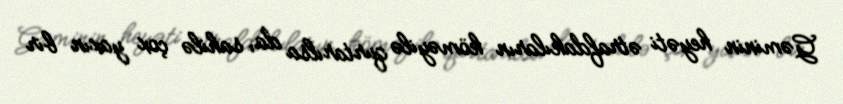
Gəminin heyəti ətrafdakıların köməyilə qurtarılsa da, sahilə çox yaxın bir